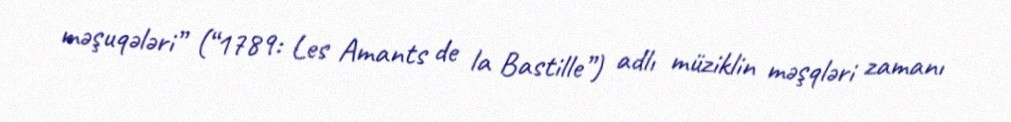
məşuqələri” (“1789: Les Amants de la Bastille”) adlı müziklin məşqləri zamanı